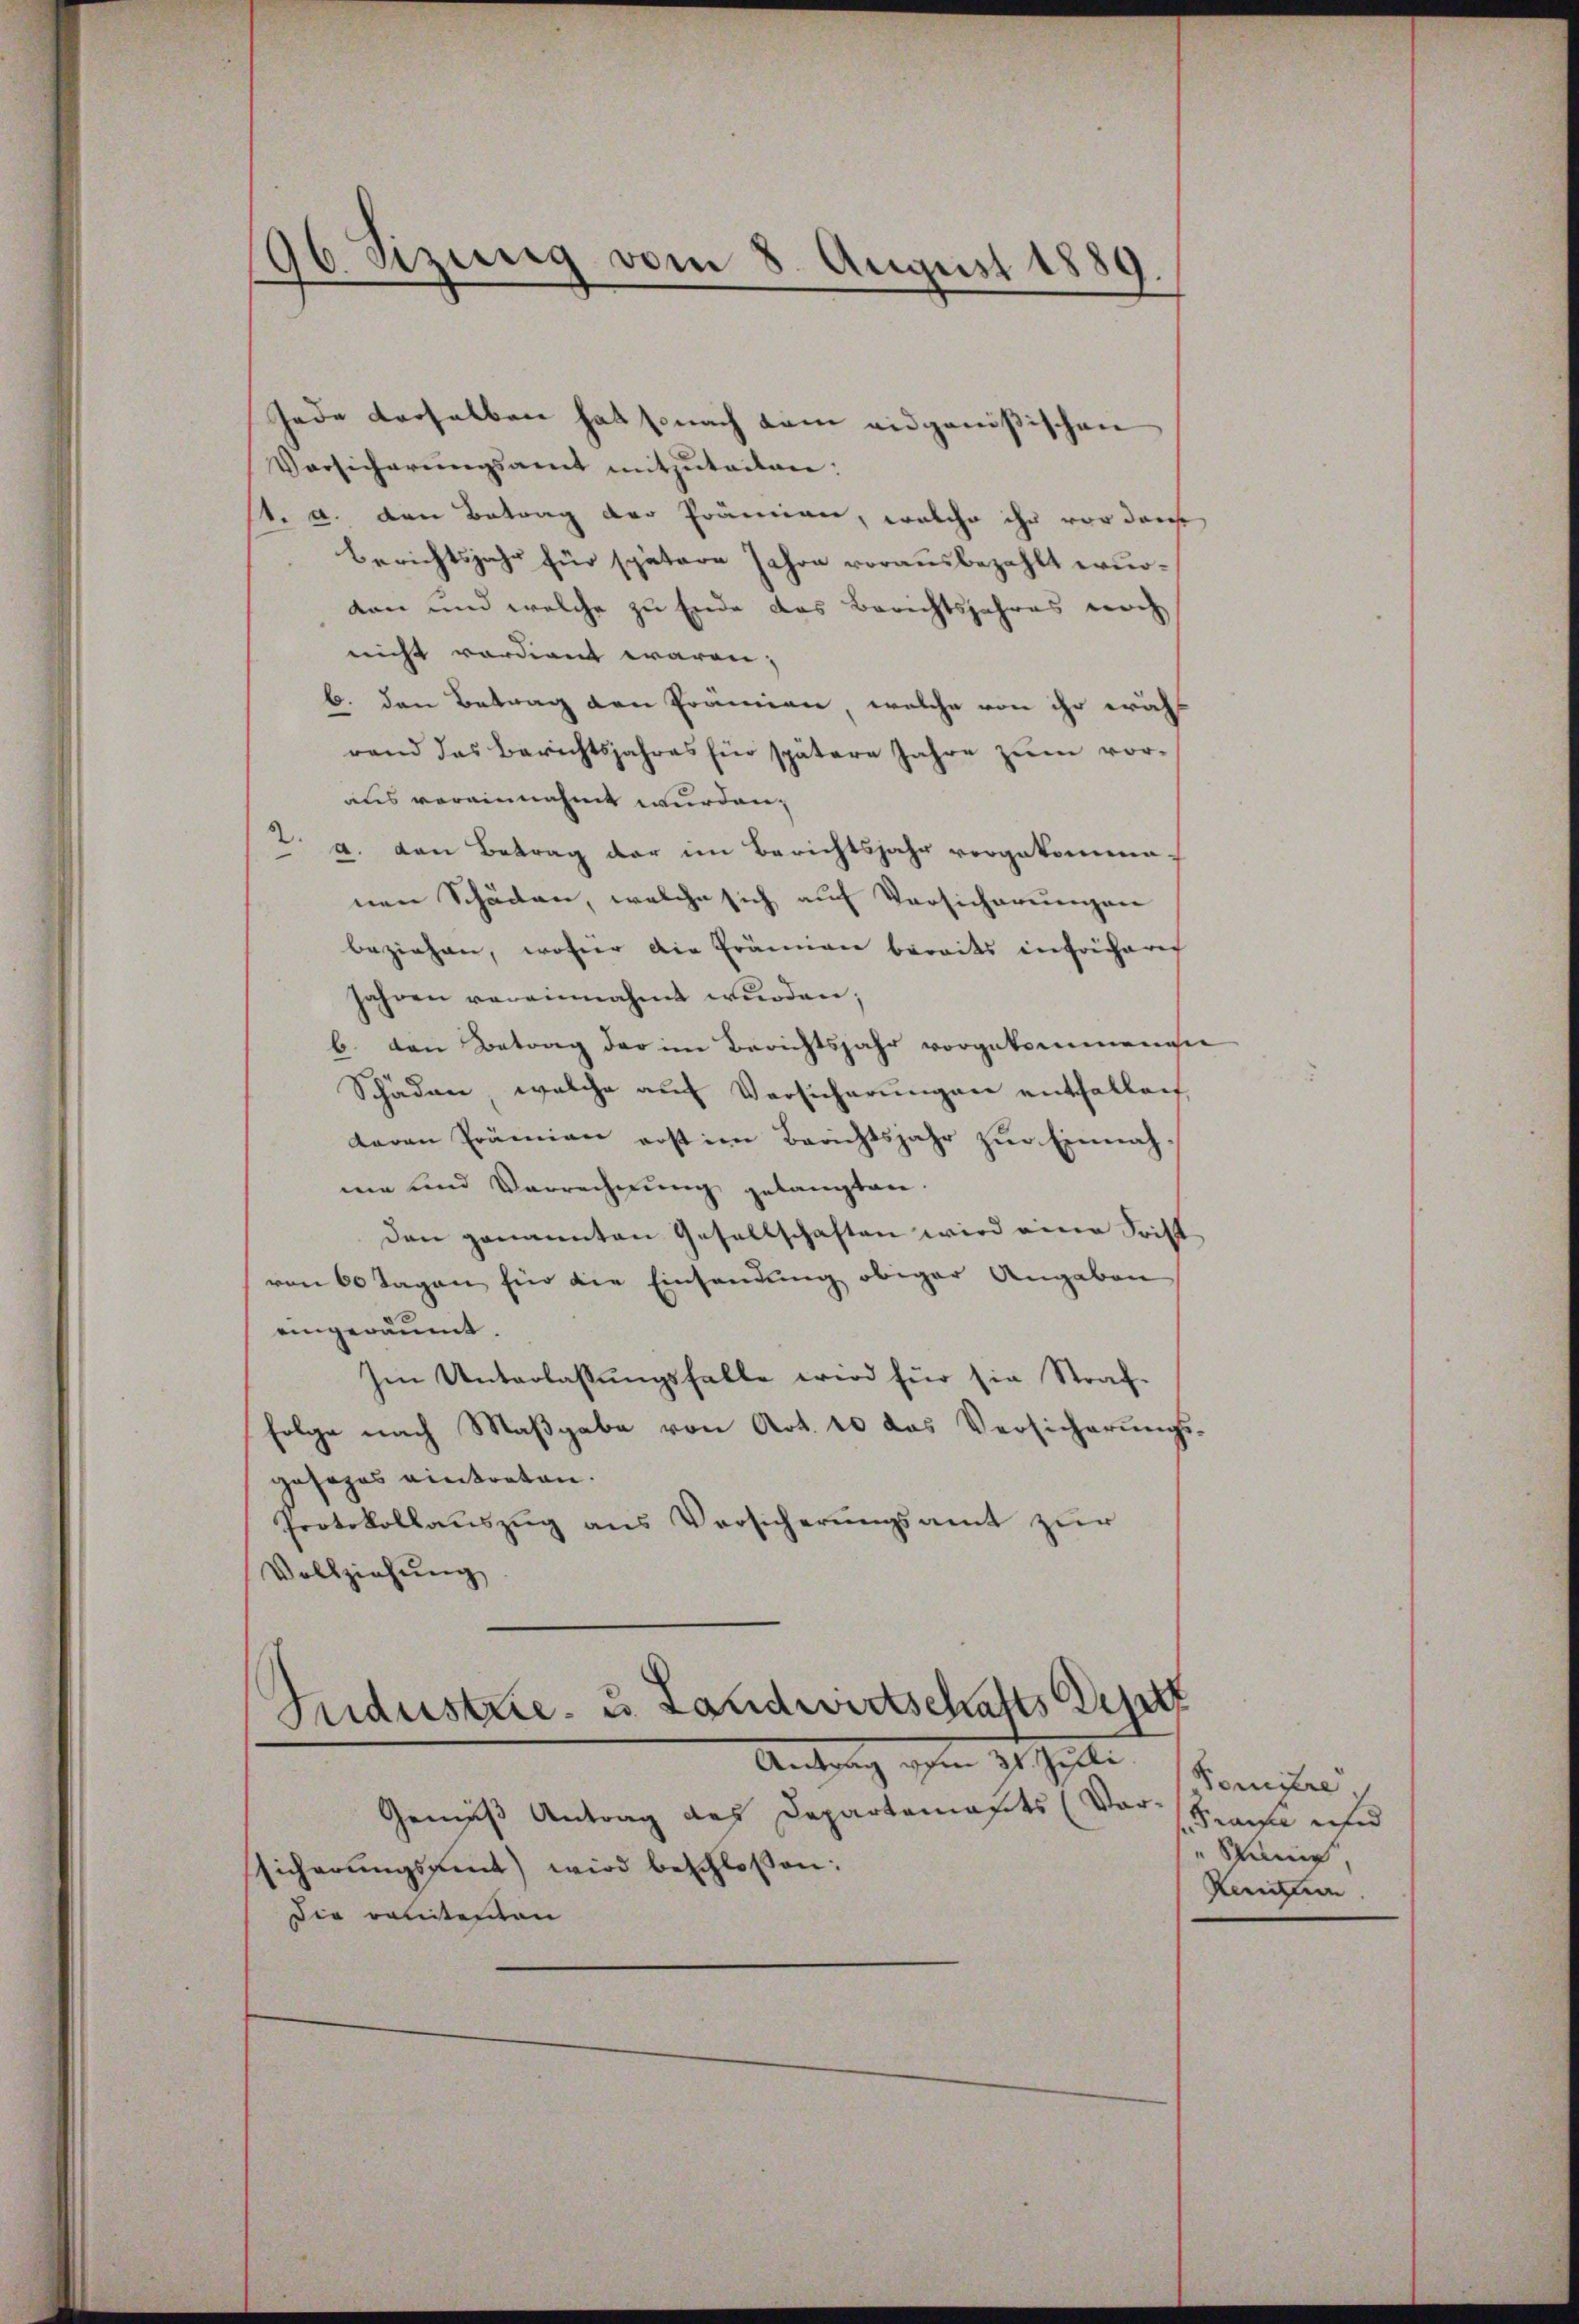
96 Sizung vom 8. August 1889.

Jede derselben hat sonach dem eidgenößischen
Vorsicherŭngsamt mitzuteiten:
1. d. den Betrag der Prämien, welche ihr vor darche
Berichtsjahr für spätere Jahre vorausbezahlt wurdon und welche zu Ende das Berichtsjahres noch
nicht verdient wären;
b. den Betrag den Prämien, welche von ihr wähl
rand das Berichtsjahres für spätere Jahre zŭm vor-
aus vereinnahmt wurden,
.
a. den Betrag der im Berichtsjahr vorgekommenen Schäden, welche sich auf Versicherungen
beziehen, woher die Prämien bereits infrücherig
Jahren vereinnahmt wurden;
b. von Betrag der im Berichtsjahr vorgekommenen
Schäden, welche aŭf Versicherŭngen entfallen
daren Prämien erst im Berichtsjahr zur Einnahme und Verrechnung gelangten.
den genannten Gesellschaften wird eine Frist
von 60 Tagen für die Einsendung obiger Angaben
eingeräumt.
Im Unterlassŭngsfalle wird für sie Straf-
folge nach Maßgabe von Art. 10 das Versicherungsgesages eintreten.
Protokollauszug aus Versicherungsamt zur
Vollziehŭng

Industrie- u. Landwirtschafts Deputz
Antrag vom 31. Juli.

Vor¬
Gemäß Antrag des Departamasts
Sicherungsamt wird beschlossen:
Die relitenten

Komitre
Prasse und
Sang,
Kenntn